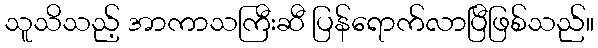
သူသိသည့် အာကာသကြီးဆီ ပြန်ရောက်လာပြီဖြစ်သည်။